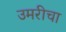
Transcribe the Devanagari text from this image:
उमरीचा